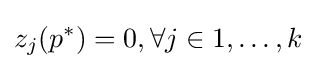
z_{j}(p^{*})=0,\forall j\in 1,\dots ,k